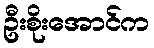
ဦးစိုးအောင်က